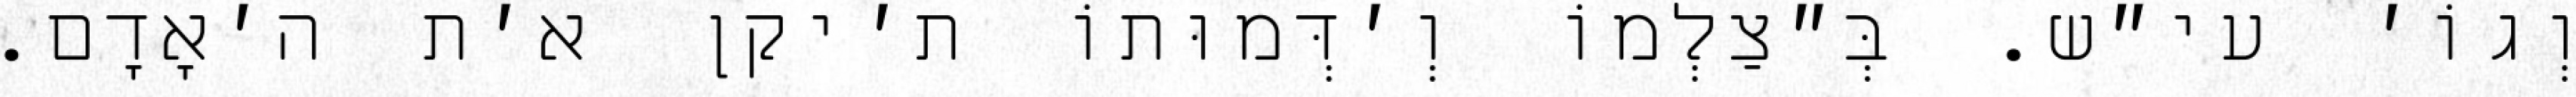
וְגוֹ׳ עי״ש. בְּ״צַלְמוֹ וְ׳דְּמוּתוֹ ת׳יקן א׳ת ה׳אָדָם.